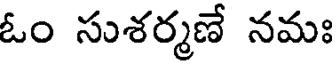
ఓం సుశర్మణే నమః